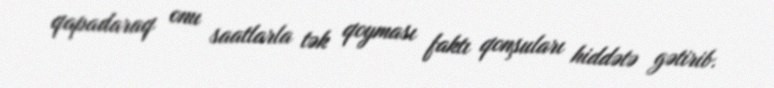
qapadaraq onu saatlarla tək qoyması faktı qonşuları hiddətə gətirib.